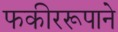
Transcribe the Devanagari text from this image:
फकीररूपाने